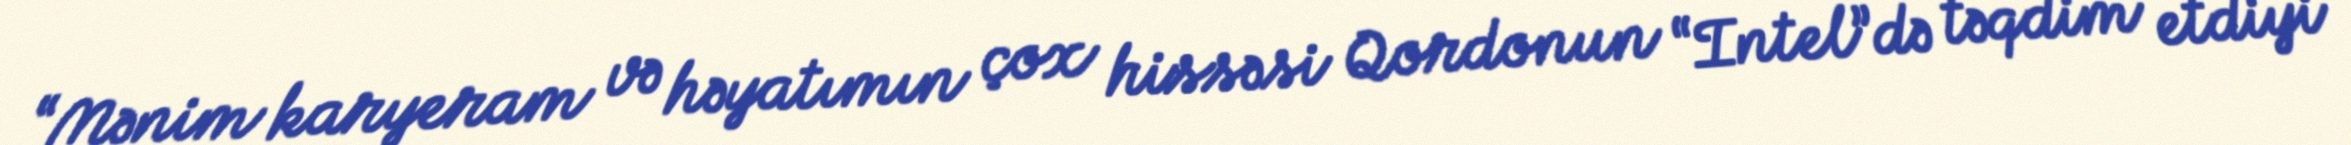
“Mənim karyeram və həyatımın çox hissəsi Qordonun “Intel”də təqdim etdiyi